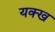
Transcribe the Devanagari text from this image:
यक्ख